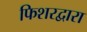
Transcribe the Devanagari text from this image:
फिशरद्वारा